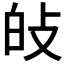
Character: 𤽐